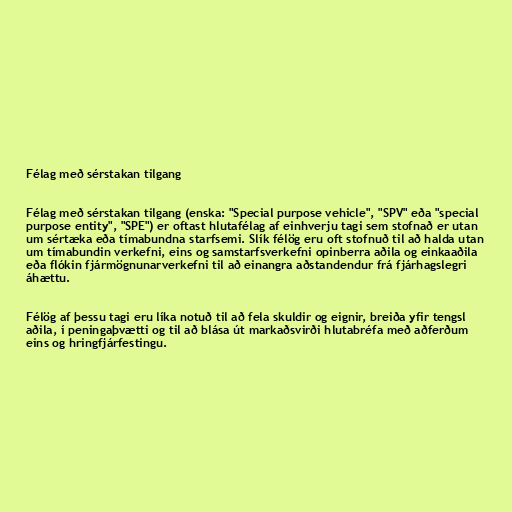
Félag með sérstakan tilgang

Félag með sérstakan tilgang (enska: "Special purpose vehicle", "SPV" eða "special
purpose entity", "SPE") er oftast hlutafélag af einhverju tagi sem stofnað er utan
um sértæka eða tímabundna starfsemi. Slík félög eru oft stofnuð til að halda utan
um tímabundin verkefni, eins og samstarfsverkefni opinberra aðila og einkaaðila
eða flókin fjármögnunarverkefni til að einangra aðstandendur frá fjárhagslegri
áhættu.

Félög af þessu tagi eru líka notuð til að fela skuldir og eignir, breiða yfir tengsl
aðila, í peningaþvætti og til að blása út markaðsvirði hlutabréfa með aðferðum
eins og hringfjárfestingu.